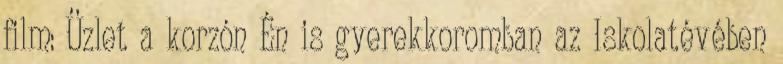
film: Üzlet a korzón Én is gyerekkoromban az Iskolatévében